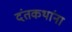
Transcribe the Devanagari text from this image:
दंतकथांना